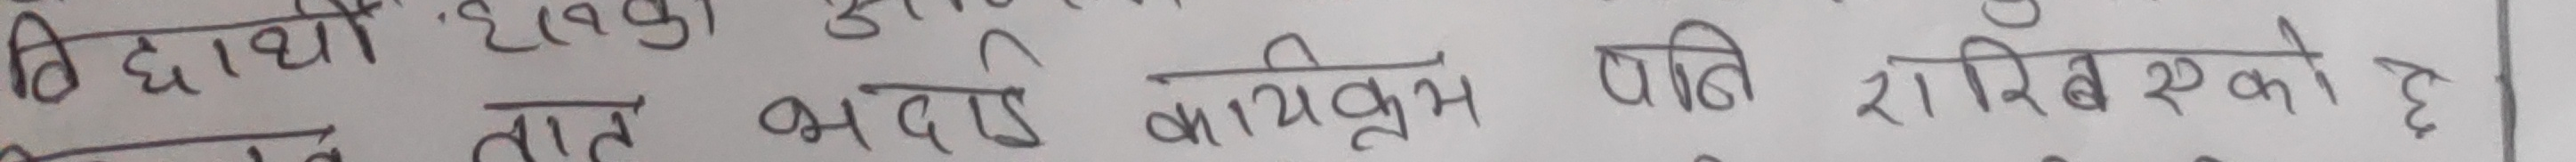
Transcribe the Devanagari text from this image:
विद्यार्थी हरु।
तात भदौ कार्यक्रूम षीति राखिएको छ ।